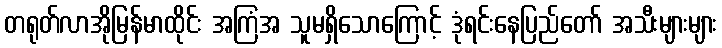
တရုတ်လာအိုမြန်မာထိုင်း အကြံအ သူမရှိသောကြောင့် ဒုံရင်းနေပြည်တော် အသီးများများ